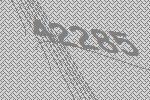
42285